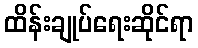
ထိန်းချုပ်ရေးဆိုင်ရာ